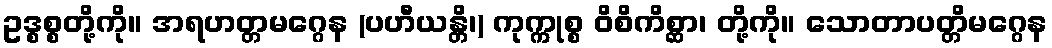
ဥဒ္စစ္စတို့ကို။ အရဟတ္တမဂ္ဂေန (ပဟီယန္တိ၊) ကုက္ကုစ္စ ဝိစိကိစ္ဆာ၊ တို့ကို။ သောတာပတ္တိမဂ္ဂေန